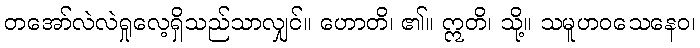
တအော်လဲလဲရှုလေ့ရှိသည်သာလျှင်။ ဟောတိ၊ ၏။ ဣတိ၊ သို့။ သမူဟဝသေနေဝ၊